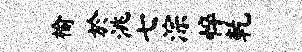
榆於洮七淙悴乾